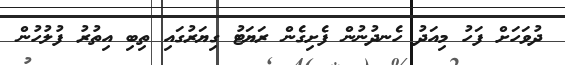
ދުވަހަށް ފަހު މިއަދު ހެނދުނުން ފެށިގެން ރަޔަޓު ގިޔަރުގައި ތިބި އިތުރު ފުލުހުން